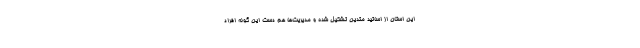
این استان از اساتید متدین تشکیل شده و مدیریت‌ها هم دست این گونه افراد